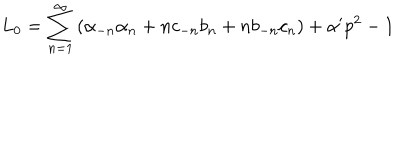
L _ { 0 } = \sum _ { n = 1 } ^ { \infty } \left( \alpha _ { - n } \alpha _ { n } + n c _ { - n } b _ { n } + n b _ { - n } c _ { n } \right) + \alpha ^ { \prime } p ^ { 2 } - 1